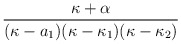
\begin{align*}\frac{\kappa +\alpha }{(\kappa -a_{1})(\kappa -\kappa _{1})(\kappa -\kappa _{2})}\end{align*}